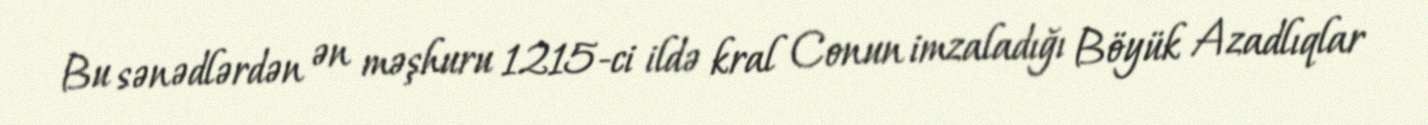
Bu sənədlərdən ən məşhuru 1215-ci ildə kral Conun imzaladığı Böyük Azadlıqlar